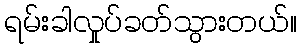
ရမ်းခါလှုပ်ခတ်သွားတယ်။